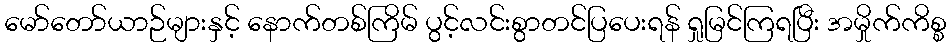
မော်တော်ယာဉ်များနှင့် နောက်တစ်ကြိမ် ပွင့်လင်းစွာတင်ပြပေးရန် ရှုမြင်ကြရပြီး အမှိုက်ကိစ္စ